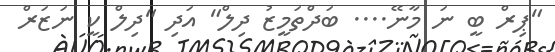
"ޕިރް ބީ ނަ މާނޭ.... ބަދްތަމީޒު ދިލް" އަދި "ދިލް ކީ ނަޒަރް